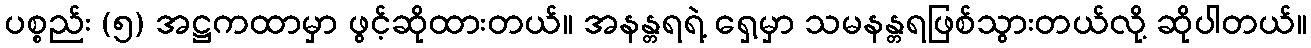
ပစ္စည်း (၅) အဋ္ဌကထာမှာ ဖွင့်ဆိုထားတယ်။ အနန္တရရဲ့ ရှေ့မှာ သမနန္တရဖြစ်သွားတယ်လို့ ဆိုပါတယ်။